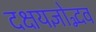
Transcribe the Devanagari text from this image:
दक्षयज्ञोद्भव